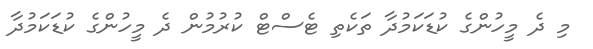
މި ދެ މީހުންގެ ކުޑަކަމުދާ ތަކެތި ޓެސްޓް ކުރުމުން ދެ މީހުންގެ ކުޑަކަމުދާ